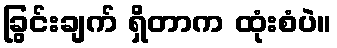
ခြွင်းချက် ရှိတာက ထုံးစံပဲ။